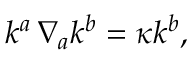
k ^ { a } \, \nabla _ { a } k ^ { b } = \kappa k ^ { b } ,